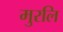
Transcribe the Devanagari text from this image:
मुरलि